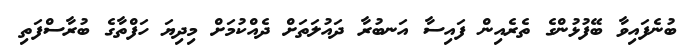
ބުނެފައިވާ ބޭފުޅުންގެ ތެރެއިން ފައިސާ އަނބުރާ ދައުލަތަށް ދެއްކުމަށް މިދިޔަ ހަފްތާގެ ބުރާސްފަތި